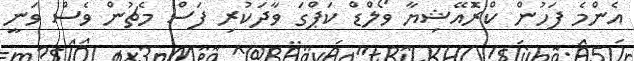
އެންމެ ފަހުން ކްރުޮއޭޝިޔާ ވޯލްޑް ކަޕްގަ ވާދަކުރި ފަސް މެޗުން ވެސް ވަނީ